Vaccination in Burma 1900-1911 - 1900-1911
Year: 1900
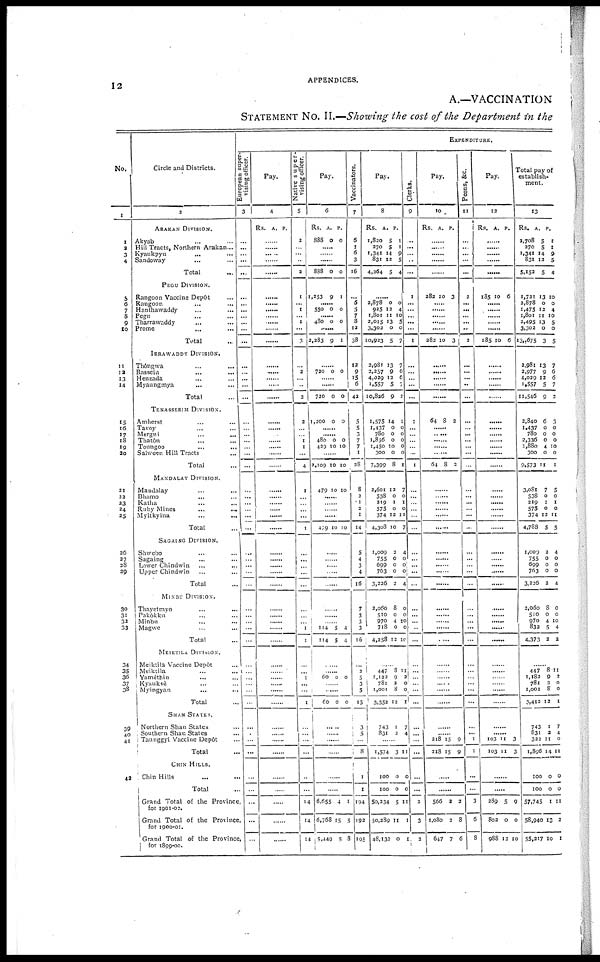
12 APPENDICES.
A.—VACCINATION
STATEMENT No. II.—Showing the cost of the Department in the
No.
1
1
3
3
4
5
6
7
8
9
10
11
12
13
14
15
16
17
18
19
20
21
22
23
24
25
26
27
28
29
30
31
32
33
34
35
36
37 38
39
40
41
42
Circle and Districts.
2
ARAKAN DIVISION.
Akyab ... ...
Hill Tracts, Northern Arakan ...
Kyaukpyu ... ...
Sandoway ... ...
Total
PEGU DIVISION.
Rangoon Vaccine Depôt ...
Rangoon ... ...
Hanthawaddy ... ...
Pegu ... ...
Tharrawaddy ... ...
Prome ... ...
Total ...
IRRAWADDY DIVISION.
Thôngwa ... ...
Bassein ... ...
Henzada ... ...
Myaungmya ... ...
Total ...
TENASSERIM DIVISION.
Amherst ... ...
Tavoy ... ...
Mergui
...
...
Thatôn
Toungoo
...
...
Salween Hill Tracts ...
Total ...
MANDALAY DIVISION.
Mandalay ... ...
Bhamo ... ...
Katha ... ...
Ruby Mines
...
...
Myitkyina ... ...
Total ...
SAGAING DIVISION.
Shwebo ... ...
Sagaing ... ...
Lower Chindwin ... ...
Upper Chindwin ... ...
Total ...
MINBU DIVISION.
Thayetmyo ... ...
Pakôkku ... ...
Minbu ... ...
Magwe ... ...
Total ...
MEIKTILA DIVISION.
Meiktila Vaccine Depôt ...
Meiktila ... ...
Yamèthin ... ...
Kyauksè ... ...
Myingyan ...
Total
SHAN STATES.
Northern Shan States ...
Southern Shan States ...
TaunggyI Vaccine Depôt ...
Total
CHIN HILLS.
Chin Hills ... ...
Total ...
Grand Total of the Province,
for 1901-02.
Grand Total of the Province,
for 1900-01.
Grand Total of the Province,
for 1899-00.
EXPEDITUTRE.
European super-
vising officer.
3
...
...
...
...
...
...
...
...
...
...
...
...
...
...
...
...
...
...
...
...
...
...
...
...
...
...
...
...
...
...
...
...
...
...
...
...
...
...
...
...
...
...
...
...
...
...
...
...
...
...
...
...
...
...
Pay.
4
Rs. A. P.
......
......
...
......
......
......
......
......
......
......
......
......
......
......
......
......
......
......
......
......
......
......
......
......
......
......
......
......
...
......
......
......
......
......
......
......
......
......
...
......
......
......
......
......
......
......
......
......
......
......
......
......
......
N ative super-
vising officer.
5
2
...
...
...
2
1
... 1
1
...
3
...
2
...
...
2
2
...
...
1
1
...
4
1
...
...
...
...
1
...
...
...
...
...
...
...
...
1
1
...
...
1
...
...
1
...
...
...
...
...
...
14
14
14
Pay.
6
Rs.
888
A.
0
P.
0
......
......
......
888 0 0
1,253 9 I
......
550 0 0
......
480 0 0
......
2,283 9 1
......
720 0 0
......
......
720
1,200
0
0
0
0
......
......
480
429
0
10
0
10
......
2,109 10 10
479 10 10
......
......
......
......
479 10 10
......
......
......
......
......
......
......
......
114
114
5
5
4
4
......
......
60 0 0
......
......
60 0 0
......
......
......
......
......
6,655
6,768
5,449
i
4
15
5
1
5
8
Vaccinators.
7
6
1
6
3
16
...
5
5
7
8
12
38
12
9
15
6
42
5
5
3
7
7
1
28
8
2
1
2
1
14
5
4
3
4
16
7
3
3
3
16
...
2
5 3
5
15
3
5
...
8
1
1
194
192
195
Pay.
8
Rs.
1,820
270
1,341
831
4,264
A.
5
5
14
12
5
P.
1
1
9
5
4
......
2,878
925
1,801
2,015
3,302
10,923
2,981
2,257
4,029
1,557
10,826
1,575
1,437
780
1,856
1,450
300
7,399
2,601
538
219
575
374
4,308
1,009
755
699
763
3,226
2,060
510
970
718
4,258
0
2
11
13
0
5
13
9
12
5
9
14
0
0
0
10
0
8
12
0
1
0
12
10
2
0
0
0
2
8
0
4
0
12
0
4
10
5
0
7
7
6
6
7
2
1
0
0
0
0
0
1
7
0
1
0
11
7
4
0
0
0
4
0
0
10
0
10
......
447
1,122
781
1,001
3,352
8
9
2
8
12
11
2
0
0
1
743
831
1
2
7
4
......
1,574
100
100
50,234
50,289
48,132
3
0
0
5
11
0
II
0
0
11
1
I
Clerks.
9
...
...
...
...
...
1
...
...
...
...
...
1
...
... ...
...
...
1
...
...
...
...
...
1
...
...
...
...
...
...
...
...
...
...
...
...
...
...
...
...
...
...
...
...
...
...
...
...
...
...
...
...
2
3
2
:
Pay.
10
Rs. A. P.
......
......
......
......
......
383 10 3
......
......
......
......
......
282 10 3
......
......
......
......
......
64 8 2
......
...
......
......
......
64 8 2
......
......
......
......
......
......
......
......
......
......
......
......
......
......
......
......
......
......
......
......
......
......
......
......
218
218
15
15
9
9
...
...
566
1,080
647
2
3
7
2
8
6
Peons, &c
11
...
...
...
...
...
2
...
...
...
...
...
3
...
... ...
...
...
...
...
...
...
...
...
...
...
...
... ...
...
...
...
...
...
...
...
...
...
...
...
...
...
...
...
...
...
...
...
... 1
1
...
...
3
6
8
Pay.
12
Rs. A. P.
......
......
......
......
......
185 10 6
......
......
......
......
......
185 10 6
......
......
......
......
......
......
......
......
......
......
......
......
......
......
......
......
......
......
......
......
......
......
......
......
......
......
......
......
......
......
......
......
......
......
......
......
103
103
11
11
3
3
......
......
289
802
988
5
0
12
9
0
10
Total pay of
establish-
ment.
13
Rs.
2,708
270
1,341
831
5,152
1,721
2,878
1,475
1,801
2,495
3,302
13,675
2,981
2,977
4,029
1,557
11,546
2,840
1,437
780
2,336
1,880
300
9,573
3,081
538
219
573
374
4,788
1,009
755
699
763
3,226
2,060
510
970
832
4,373
A.
5
5
14
12
5
13
0
12
11
13
0
3
13
9
12
5
9
6
0
0
0
4
11
7
0
1
0
12
5
2
0
0
0
3
8
0
4
5
2
P.
1
1
9
5
4
10
0
4
10
5
0
5
7
6
6
7
2
3
0
0
0
10
0
1
5
0
1
0
11
5
4
0
0
0
4
0
0
10
4
2
......
447
1,182
781
1,001
3,412
743
831
322
1,896
100
100
57,745
58,940
55,217
8
9
2
8
12
I
2
11
14
0
0
1
13
10
11
2
0
0
1
7
4
0
11
0
0
11
2
1